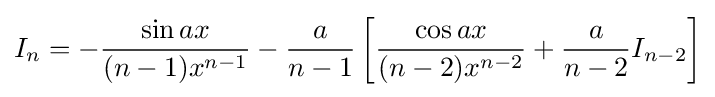
I_{n}=-{\frac {\sin {ax}}{(n-1)x^{n-1}}}-{\frac {a}{n-1}}\left[{\frac {\cos {ax}}{(n-2)x^{n-2}}}+{\frac {a}{n-2}}I_{n-2}\right]\,\!